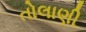
તોલાણી